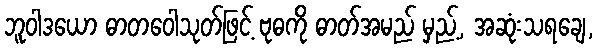
ဘူဝါဒယော ဓာတဝေါသုတ်ဖြင့် ဗုဓကို ဓာတ်အမည် မှည့်, အဆုံးသရချေ,